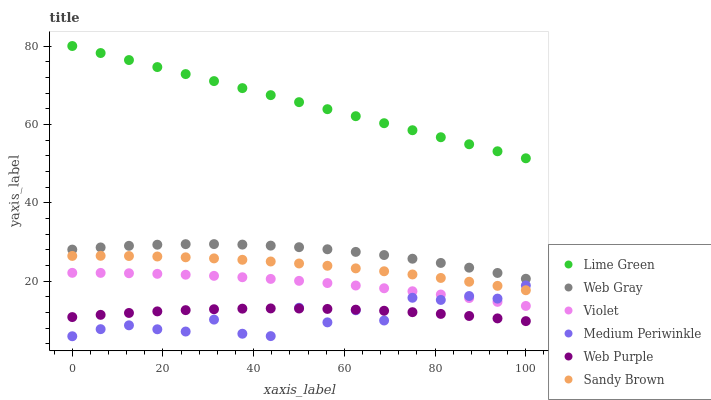
| xaxis_label | Lime Green | Web Gray | Violet | Medium Periwinkle | Web Purple | Sandy Brown |
 | --- | --- | --- | --- | --- | --- | --- |
 | 0 | 80 | 28.1 | 22.1 | 5.96 | 10.8 | 26.4 |
 | 6.25 | 78.2 | 28.6 | 22.1 | 7.77 | 11.4 | 26.5 |
 | 12.5 | 76.4 | 29 | 22 | 8.75 | 11.9 | 26.4 |
 | 18.8 | 74.6 | 29.3 | 21.9 | 7.74 | 12.3 | 26.3 |
 | 25 | 72.8 | 29.5 | 21.7 | 7.16 | 12.6 | 26.1 |
 | 31.2 | 71 | 29.5 | 21.4 | 10.2 | 12.8 | 25.8 |
 | 37.5 | 69.3 | 29.3 | 21 | 6.6 | 13 | 25.5 |
 | 43.8 | 67.5 | 29.1 | 20.6 | 5.99 | 13.1 | 25 |
 | 50 | 65.7 | 28.7 | 20.1 | 13.2 | 13 | 24.5 |
 | 56.2 | 63.9 | 28.1 | 19.5 | 9.5 | 12.9 | 23.9 |
 | 62.5 | 62.1 | 27.5 | 18.9 | 12.6 | 12.7 | 23.3 |
 | 68.8 | 60.3 | 26.7 | 18.2 | 9.98 | 12.5 | 22.5 |
 | 75 | 58.5 | 25.7 | 17.4 | 15.8 | 12.1 | 21.7 |
 | 81.2 | 56.7 | 24.7 | 16.6 | 15.2 | 11.7 | 20.8 |
 | 87.5 | 54.9 | 23.5 | 15.7 | 16.2 | 11.1 | 19.9 |
 | 93.8 | 53.1 | 22.1 | 14.7 | 15.6 | 10.5 | 18.8 |
 | 100 | 51.4 | 20.6 | 13.7 | 18.9 | 9.82 | 17.7 |